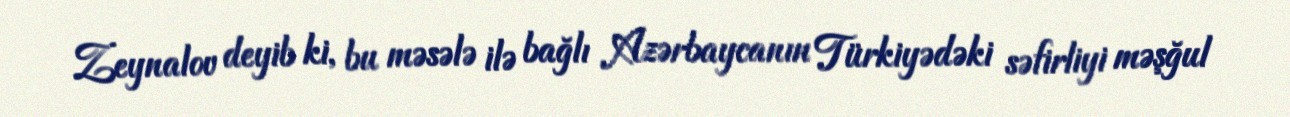
Zeynalov deyib ki, bu məsələ ilə bağlı Azərbaycanın Türkiyədəki səfirliyi məşğul